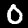
Label: 0